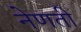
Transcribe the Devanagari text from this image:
नेणती